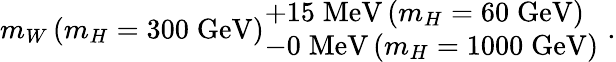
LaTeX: m_{W}\, (m_{H}=300\; \mathrm{GeV})_{\textstyle-0\; \mathrm{MeV}\, (m_{H}=1000\; \mathrm{GeV})}^{\textstyle+15\; \mathrm{MeV}\, (m_{H}=60\; \mathrm{GeV})}\; .